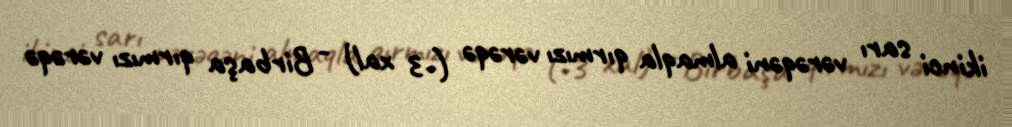
ikinci sarı vərəqəni almaqla qırmızı vərəqə (-3 xal) - Birbaşa qırmızı vərəqə